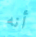
أنه